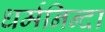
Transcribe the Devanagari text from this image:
धर्मनिन्दा